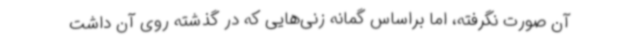
آن صورت نگرفته، اما براساس گمانه زنی‌هایی که در گذشته روی آن داشت